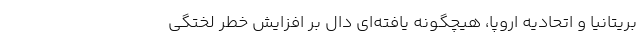
بریتانیا و اتحادیه اروپا، هیچگونه یافته‌ای دال بر افزایش خطر لختگی